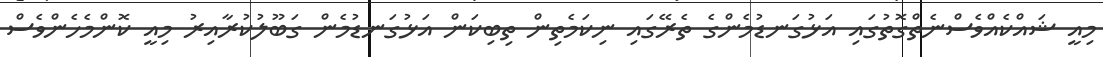
މިއީ ޝައްކެއްވެސްނެތްގޮތުގައި އަޅުގަނޑުމެންގެ ތެރޭގައި ނިކަމެތިން ތިބިކަން އަޅުގަނޑުމެން ގަބޫލުކުރާއިރު މިއީ ކޮންމެހެންވެސް